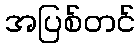
အပြစ်တင်